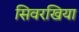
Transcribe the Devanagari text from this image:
सिवरखिया